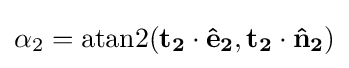
{\alpha _{2}}=\operatorname {atan2} (\mathbf {t_{2}} \cdot \mathbf {{\hat {e}}_{2}} ,\mathbf {t_{2}} \cdot \mathbf {{\hat {n}}_{2}} )